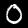
Digit: 0